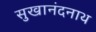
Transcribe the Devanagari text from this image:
सुखानंदनाथ